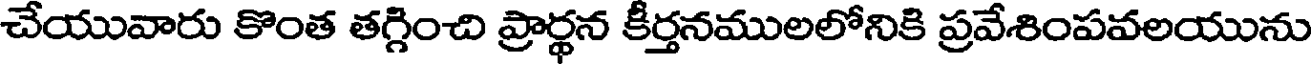
చేయువారు కొంత తగ్గించి ప్రార్థన కీర్తనములలోనికి ప్రవేశింపవలయును